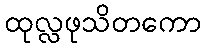
ထုလ္လဖုသိတကော